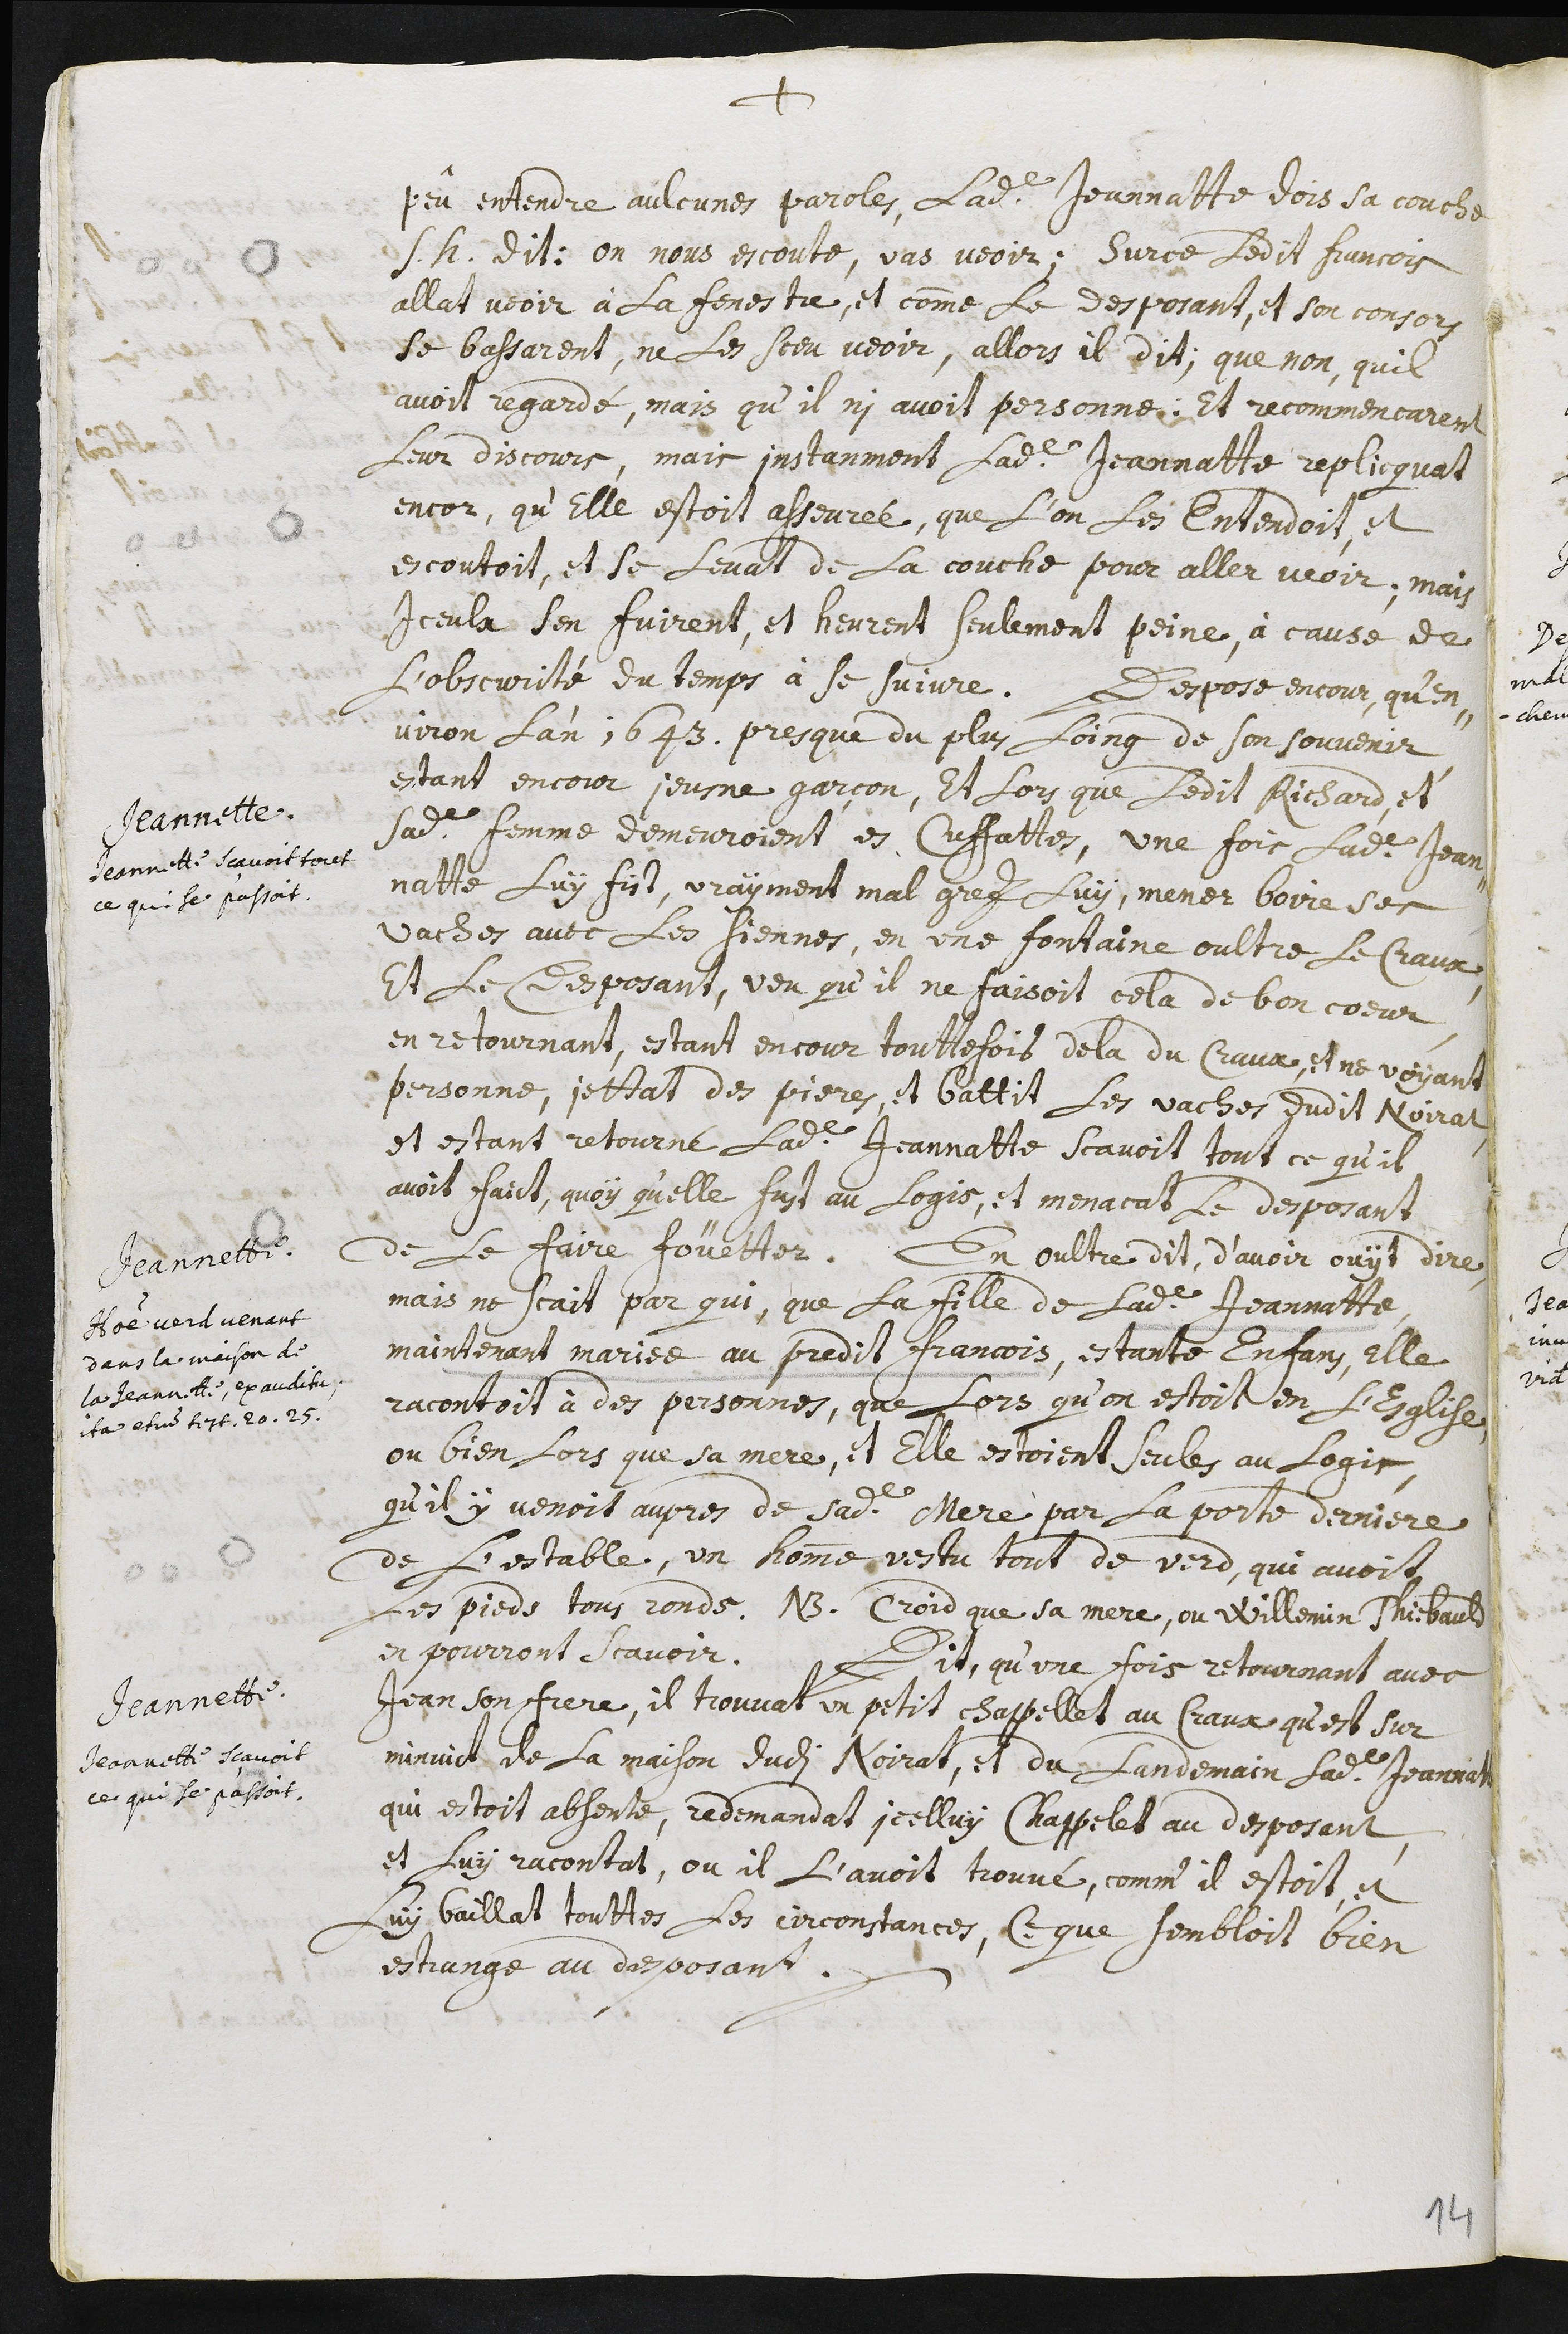
+
peû entendre aulcunes paroles, ladite Jeannette dois sa couche
s.h. dit : on nous escoute, vas veoir ; Sur ce, ledit Francois
allat voir à la fenestre, et comme le desposant, et son consors
se bassarent, ne les sceu veoir. Allors il dit, que non, qu’il
avoit regardé, mais qu’il n’y avoit personne. Et recommencarent
leur discours, mais instanment ladite Jeannette replicquat
encor, qu’elle estoit asseurée, que l’on les entendoit, et
escoutoit, et se levat de la couche pour aller veoir. Mais
iceu la s’en fuirent, et heurent seulement peine, à cause de
l’obscurité du temps à se suivre.
Jeannette.
Jeannette scavoit tout
ce qui se passoit.
Depose encour, qu’en-
viron l’an 1643, presque du plus loing de son souvenir,
estant encour jeusne garçon, et lors que ledit Richard, et
ladite femme demeuroient en Cuffattes. Une fois ladite Jean-
natte luy fist, vrayment mal grez luy, mener boire ses
vaches avec les siennes, en une fontaine oultre le Craux,
et le desposant, veu qu’il ne faisoit cela de bon cœur,
en retournant estant encour touttefois dela du craux, et ne voÿant
personne, jettat des pieres, et battit les vaches dudit Noirat.
Et estant retourné, ladite Jeannette scavoit tout ce qu’il
avoit faict, quoy qu’elle fust au logis, et menacat le desposant
de le faire fouetter.
Jeannette.
Homme verd venant
dans la maison de la
Jeannette, ex auditu ;
Ita etu testimonia 20. 25.
En oultre dit, d’avoir ouÿt dire,
mais ne scait par qui, que la fille de ladite Jeannatte,
maintenant mariée au predit Francois, estante enfans, elle
racontoit à des personnes, que lors qu’on estoit en l’esglise,
ou bien lors que sa mere, et elle estoient seules au logis,
qu’il ÿ venoit aupres de sadite mere par la porte derniere
de l’estable, un homme vestu tout de verd, qui avoit
les pieds tous ronds. NB. Croid que sa mere, ou Willemin Thiebauld
en pourront scavoir.
Jeannette.
Jeannette scavoit
ce qui se passoit.
Dit, qu’une fois retournant avec
Jean son frere, il trouvat un petit chappellet au Craux qu’est sur
minuict de la maison dudi Noirat, et du landemain ladite Jeannatte
qui estoit absente, redemandat icelluy chappelet au desposant,
et luy racontat, ou il l’avoit trouvé, comm’il estoit, et
luy baillat touttes les circonstances, ce que sembloit bien
estrange au desposant.